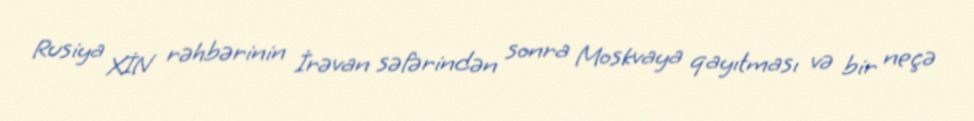
Rusiya XİN rəhbərinin İrəvan səfərindən sonra Moskvaya qayıtması və bir neçə